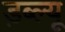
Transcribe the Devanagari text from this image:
ड़ब्ल्यू